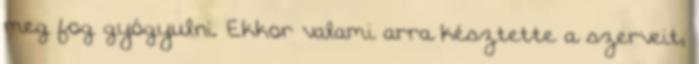
meg fog gyógyulni. Ekkor valami arra késztette a szerveit,